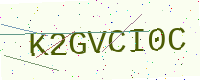
Text: K2GVCI0C